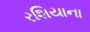
રશિયાના